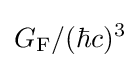
G_{\text{F}}/(\hbar c)^{3}